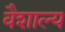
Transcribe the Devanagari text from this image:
वैशाल्य